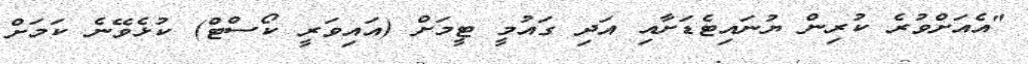
"އެއަށްވުރެ ކުރިން ޔުނައިޓެޑަށާއި އަދި ގައުމީ ޓީމަށް (އައިވަރީ ކޯސްޓް) ކުޅެވޭނެ ކަމަށް